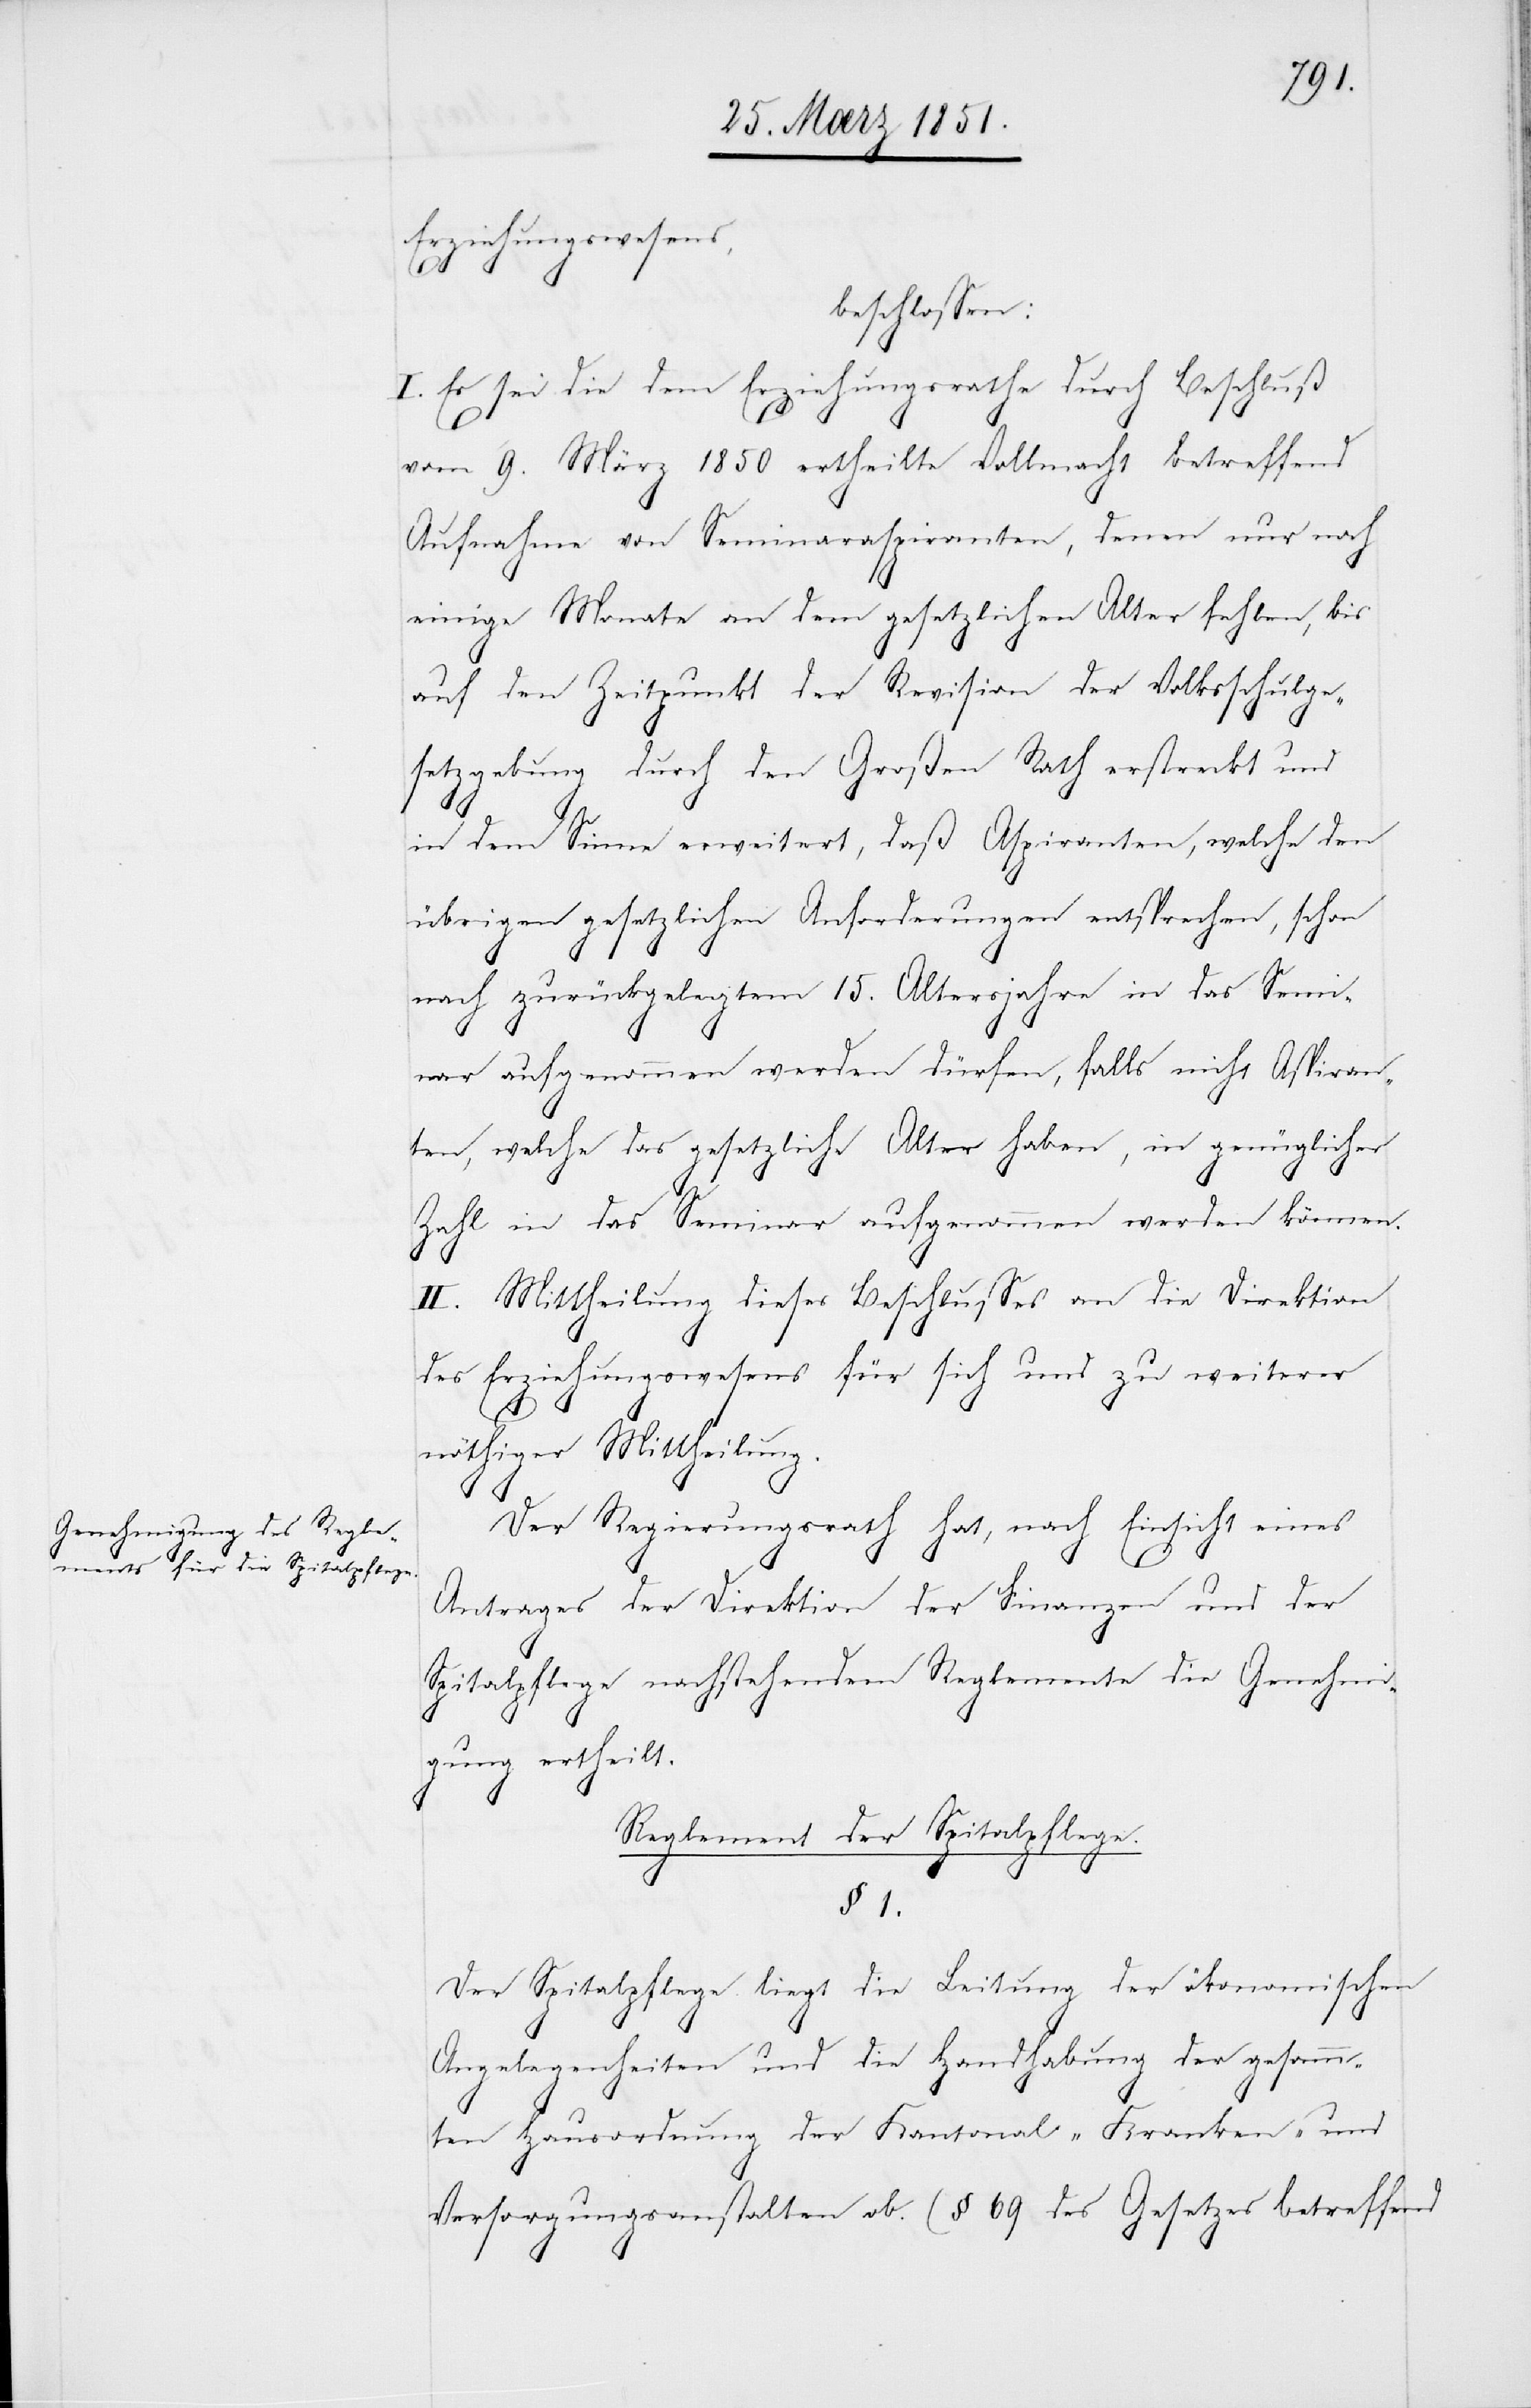
Erziehungswesens,
beschlossen:
I. Es sei die dem Erziehungsrathe durch Beschluß
vom 9. März 1850 ertheilte Vollmacht betreffend
Aufnahme von Seminaraspiranten, denen nur noch
einige Monate an dem gesetzlichen Alter fehlen, bis
auf den Zeitpunkt der Revision der Volksschulge¬
setzgebung durch den Großen Rath erstreckt und
in dem Sinne erweitert, daß Aspiranten, welche den
übrigen gesetzlichen Anforderungen entsprechen, schon
nach zurückgelegtem 15. Altersjahre in das Semi¬
nar aufgenommen werden dürfen, falls nicht Aspiran¬
ten, welche das gesetzliche Alter haben, in genüglicher
Zahl in das Seminar aufgenommen werden können.
II. Mittheilung dieses Beschlusses an die Direktion
des Erziehungswesens für sich und zu weiterer
nöthiger Mittheilung.
Der Regierungsrath hat, nach Einsicht eines
Antrages der Direktion der Finanzen und der
Spitalpflege nachstehendem Reglemente die Genehmi¬
gung ertheilt.
Reglement der Spitalpflege.
§ 1.
Der Spitalpflege liegt die Leitung der ökonomischen
Angelegenheiten und die Handhabung der gesamm¬
ten Hausordnung der Kantonal-Kranken- und
Versorgungsanstalten ob. (§ 69 des Gesetzes betreffend